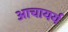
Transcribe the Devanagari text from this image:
आचायर्य